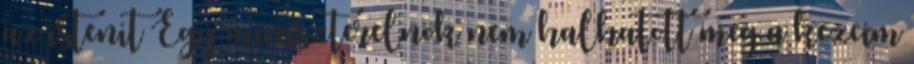
az istenit Egy miniszterelnök nem halhatott meg a kezeim